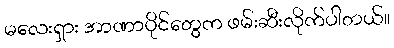
မလေးရှား အာဏာပိုင်တွေက ဖမ်းဆီးလိုက်ပါတယ်။